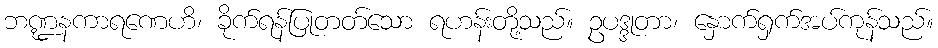
ဘဏ္ဍနကာရဏေဟိ၊ ခိုက်ရန်ပြုတတ်သော ရဟန်းတို့သည်။ ဥပဒ္ဒုတာ၊ နှောက်ရှက်အပ်ကုန်သည်။